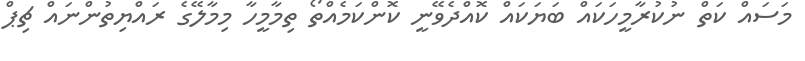
މަސައް ކަތް ނުކުރާމީހަކައް ބަޔަކައް ކޮއްދެވޭނީ ކޮންކަމެއްތޯ ތިމާމީހާ މިމާލޭގެ ރައްޔިތުންނައް ޗިޕް